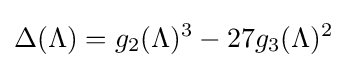
\Delta (\Lambda )=g_{2}(\Lambda )^{3}-27g_{3}(\Lambda )^{2}